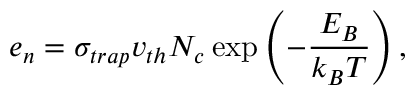
e _ { n } = \sigma _ { t r a p } v _ { t h } N _ { c } \exp \left( - \frac { E _ { B } } { k _ { B } T } \right) ,